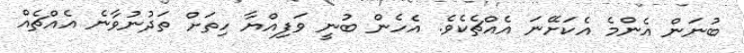
ބުނަން އެންމެ އެކަށޭނަ އެއްޗެކެވެ. އެހެން ބުނީ ވަފިއްޔާ ހިތަށް ތަދުނުވާނެ އެއްޗެއް